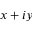
x + i y